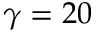
\gamma = 2 0